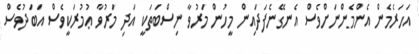
އަހަރެމެން އެންމެންނަށްވެސް އެނގޭނެފަދައިން މީހުން މަރުވާ ނިސްބަތަކީ އަދި މަރުވާ ޢުމުރަކީވެސް އަބަދުވެސް